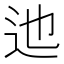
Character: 迆